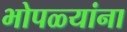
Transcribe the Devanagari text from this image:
भोपळ्यांना